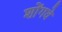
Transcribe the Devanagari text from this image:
शोंगवे